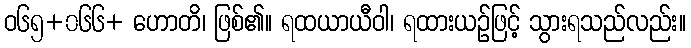
ဝ၆၅+၀၆၆+ ဟောတိ၊ ဖြစ်၏။ ရထယာယီဝါ၊ ရထားယဉ်ဖြင့် သွားရသည်လည်း။